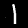
Digit: 1